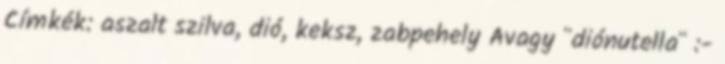
Címkék: aszalt szilva, dió, keksz, zabpehely Avagy "diónutella" :-